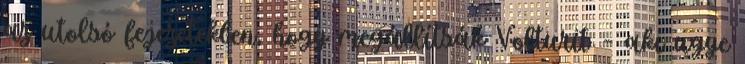
az utolsó fejezetekben, hogy megállítsák Volturit – aki ugye